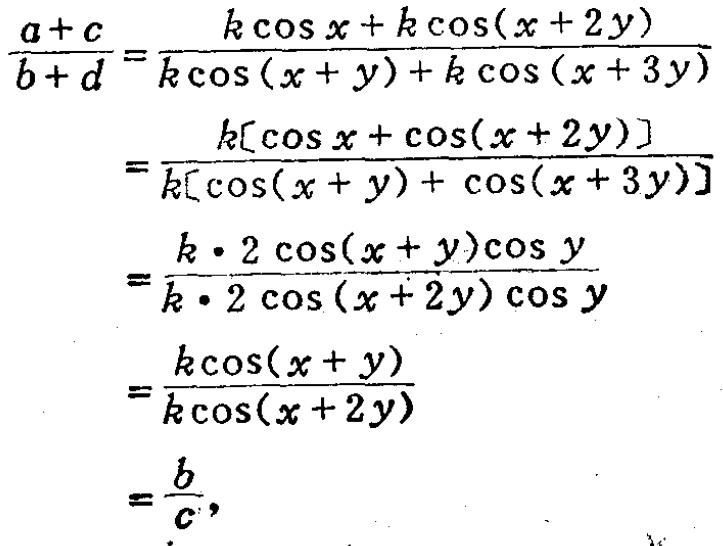
\[\begin{align*}

\frac{a + c}{b + d}&=\frac{k\cos x + k\cos(x + 2y)}{k\cos(x + y)+k\cos(x + 3y)}\\

&=\frac{k[\cos x+\cos(x + 2y)]}{k[\cos(x + y)+\cos(x + 3y)]}\\

&=\frac{k\cdot 2\cos(x + y)\cos y}{k\cdot 2\cos(x + 2y)\cos y}\\

&=\frac{k\cos(x + y)}{k\cos(x + 2y)}\\

&=\frac{b}{c},

\end{align*}\]